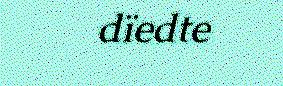
dïedte